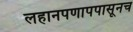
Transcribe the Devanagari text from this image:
लहानपणापपासूनच